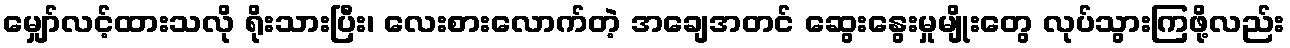
မျှော်လင့်ထားသလို ရိုးသားပြီး၊ လေးစားလောက်တဲ့ အချေအတင် ဆွေးနွေးမှုမျိုးတွေ လုပ်သွားကြဖို့လည်း